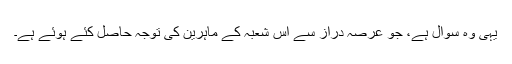
یہی وہ سوال ہے، جو عرصہ دراز سے اس شعبہ کے ماہرین کی توجہ حاصل کئے ہوئے ہے۔